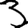
Digit: 3